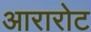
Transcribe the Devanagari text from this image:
आरारोट